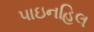
પાઇનહિલ